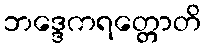
ဘဒ္ဒေကရတ္တောတိ